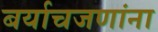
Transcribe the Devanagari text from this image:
बर्याचजणांना